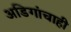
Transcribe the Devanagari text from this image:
अडिगांचाही